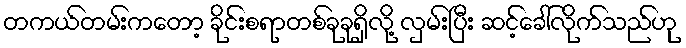
တကယ်တမ်းကတော့ ခိုင်းစရာတစ်ခုခုရှိလို့ လှမ်းပြီး ဆင့်ခေါ်လိုက်သည်ဟု